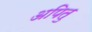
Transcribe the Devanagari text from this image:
अपितु